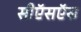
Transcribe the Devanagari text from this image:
सीऍसऍस